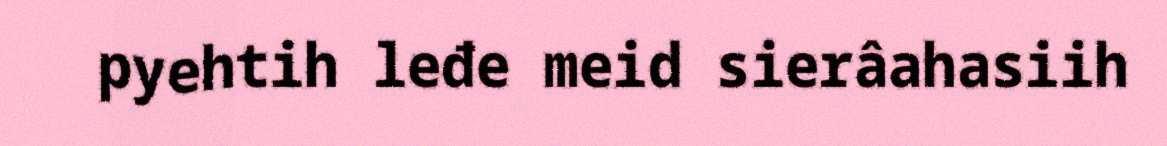
pyehtih leđe meid sierâahasiih